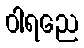
ဝါရညေ